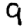
Digit: 9